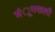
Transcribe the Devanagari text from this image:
मंूगफली